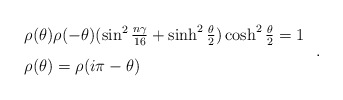
\begin{align*}\begin{array}{l}\rho(\theta)\rho(-\theta)(\sin^2\frac{n\gamma}{16}+\sinh^2\frac{\theta}{2})\cosh^2\frac{\theta}{2}=1\vspace{3mm}\\\rho(\theta)=\rho(i\pi-\theta)\end{array}\;.\end{align*}